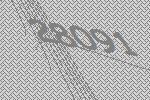
28091